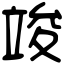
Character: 竣